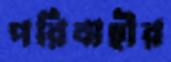
পরিবাহীর